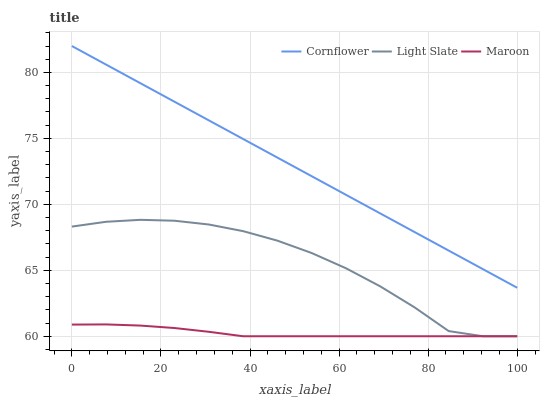
| xaxis_label | Cornflower | Light Slate | Maroon |
 | --- | --- | --- | --- |
 | 0 | 82 | 68.3 | 60.9 |
 | 7.69 | 80.6 | 68.7 | 60.9 |
 | 15.4 | 79.2 | 68.8 | 60.8 |
 | 23.1 | 77.8 | 68.8 | 60.6 |
 | 30.8 | 76.4 | 68.5 | 60.3 |
 | 38.5 | 75 | 68 | 60 |
 | 46.2 | 73.5 | 67.2 | 60 |
 | 53.8 | 72.1 | 66.3 | 60 |
 | 61.5 | 70.7 | 65.2 | 60 |
 | 69.2 | 69.3 | 63.8 | 60 |
 | 76.9 | 67.9 | 62.2 | 60 |
 | 84.6 | 66.5 | 60.4 | 60 |
 | 92.3 | 65.1 | 60 | 60 |
 | 100 | 63.7 | 60 | 60 |